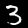
Digit: 3